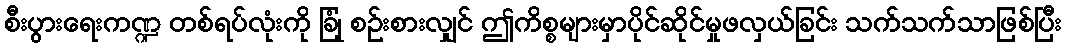
စီးပွားရေးကဏ္ဍ တစ်ရပ်လုံးကို ခြုံ စဉ်းစားလျှင် ဤကိစ္စများမှာပိုင်ဆိုင်မှုဖလှယ်ခြင်း သက်သက်သာဖြစ်ပြီး